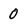
Character: O